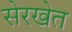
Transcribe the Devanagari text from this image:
सेरखेत